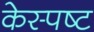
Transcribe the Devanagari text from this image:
केस्पष्ट